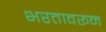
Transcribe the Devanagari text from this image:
भरतावरून